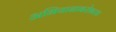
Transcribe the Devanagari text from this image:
अभियानाबरोबरच